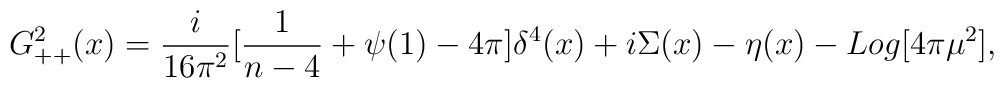
G_{++}^2(x)={i\over{16 \pi^2}}[{1\over{n-4}}+\psi(1) - 4 \pi]\delta^4(x)+i\Sigma(x) - \eta(x) - Log[4 \pi \mu^2],\nonumber